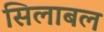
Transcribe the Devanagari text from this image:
सिलाबल